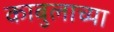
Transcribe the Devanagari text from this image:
काबुलाच्या